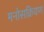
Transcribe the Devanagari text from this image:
मनोसक्रियण